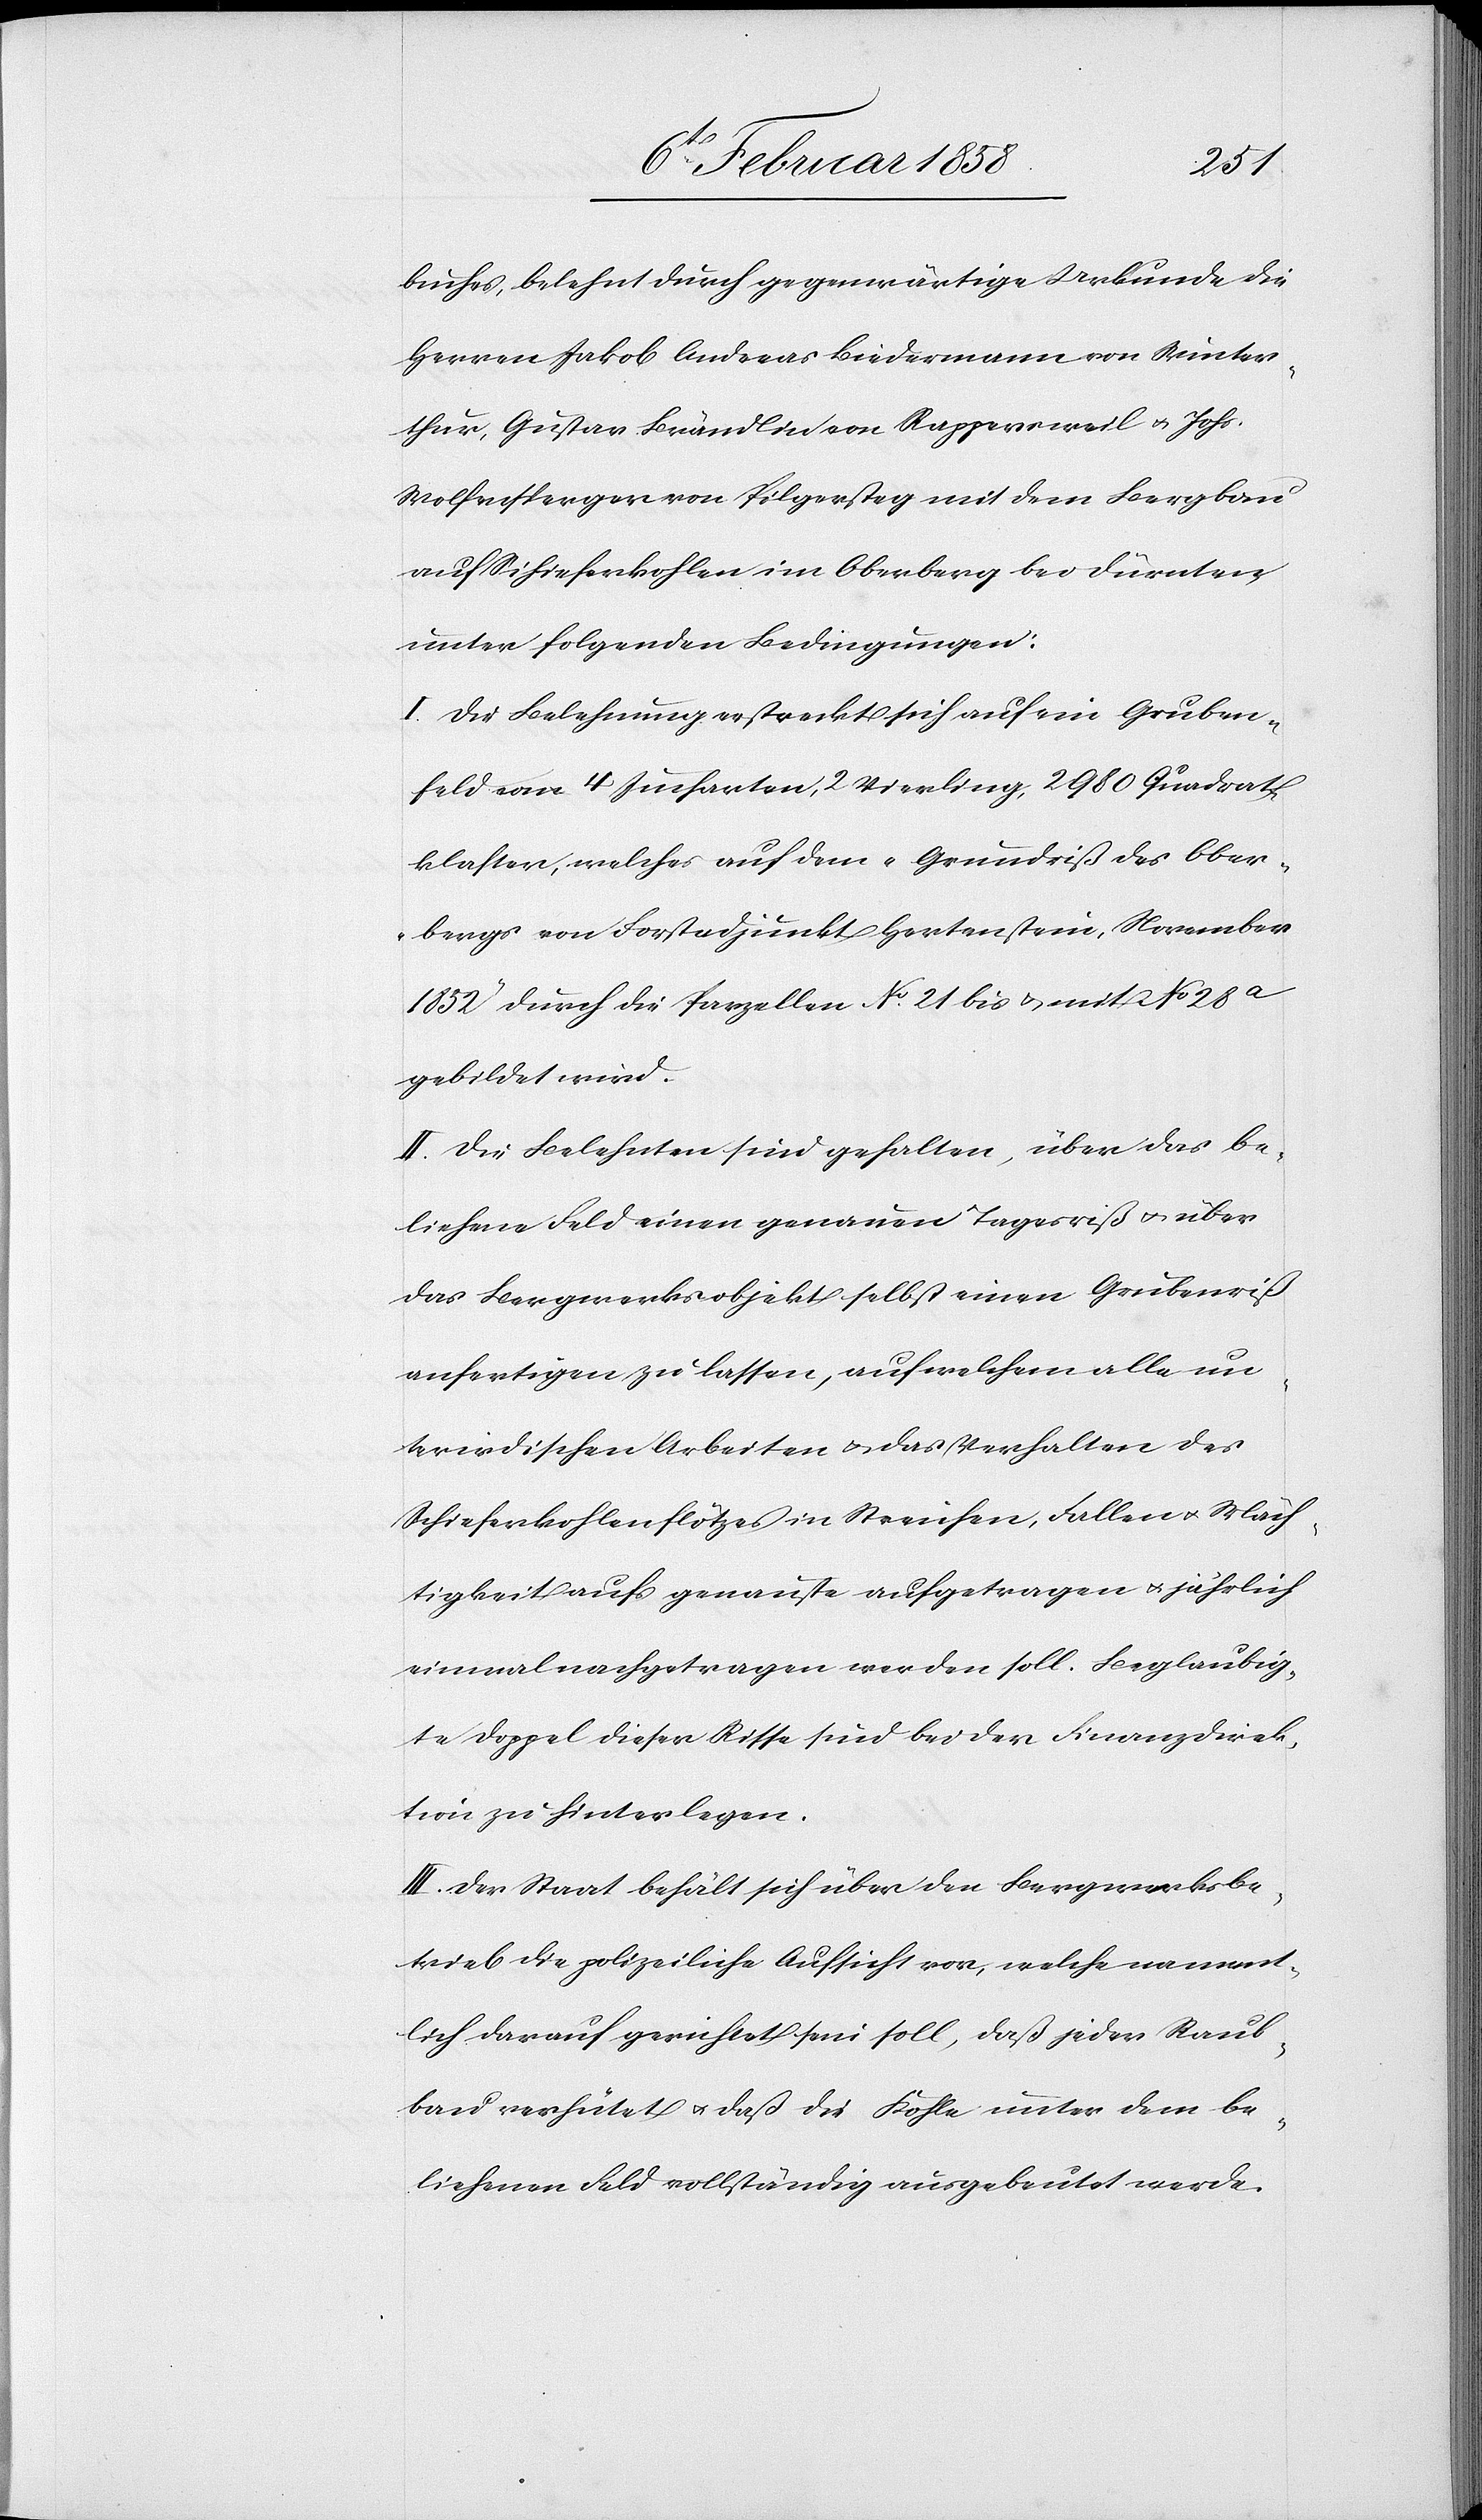
buches, belehnt durch gegenwärtige Urkunde die
Herren Jakob Andreas Biedermann von Winter¬
thur, Gustav Brändlin von Rappersweil u. Johs.
Wolfensperger von Pilgersteg mit dem Bergbau
auf Schieferkohlen im Oberberg bei Dürnten,
unter folgenden Bedingungen:
I. Die Belehnung erstreckt sich auf ein Gruben¬
feld von 4 Jucharten, 2 Vierling, 2980 Quadrat¬
klafter, welches auf dem „Grundriß des Ober¬
berges von Forstadjunkt Hertenstein, November
1852“ durch die Parzellen No 21 bis u. mit No 28a
gebildet wird.
II. Die Belehnten sind gehalten, über das be¬
liehene Feld einen genauen Tagesriß u. über
das Bergwerksobjekt selbst einen Grubenriß
anfertigen zu lassen, auf welchem alle un¬
terirdischen Arbeiten u. das Verhalten des
Schieferkohlenflötzes in Streichen, Fallen u. Mäch¬
tigkeit aufs genauste aufgetragen u. jährlich
einmal nachgetragen werden soll. Beglaubig¬
te Doppel dieser Risse sind bei der Finanzdirek¬
tion zu hinterlegen.
III. Der Staat behält sich über den Bergwerksbe¬
trieb die polizeiliche Aufsicht vor, welche nament¬
lich darauf gerichtet sein soll, daß jeder Raub¬
bau verhütet u. daß die Kohle unter dem be¬
liehenen Feld vollständig ausgebeutet werde.